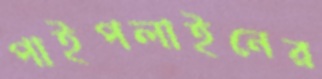
পাইপলাইনের